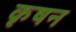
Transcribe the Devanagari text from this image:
कृषन